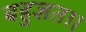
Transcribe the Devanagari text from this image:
बहुज्ञता।